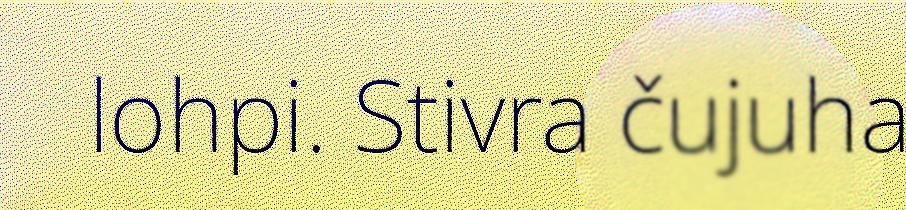
lohpi. Stivra čujuha